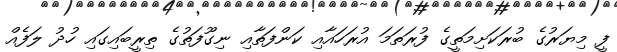
ފީ މިޔަރުގެ ބުރަކަށިމަތީގެ ފުރަތަމަ އުރަހައާއި ކަންފަތާއި ނިގޫފަތުގެ ތިރީބައިގައި ހުދު ލަފެއް